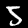
Label: 5